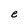
Character: e